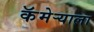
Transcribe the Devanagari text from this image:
कॅमेर्‍याला